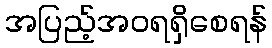
အပြည့်အဝရရှိစေရန်